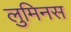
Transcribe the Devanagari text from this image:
लुमिनस